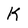
Character: K